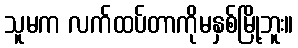
သူမက လက်ထပ်တာကိုမနှစ်မြို့ဘူး။